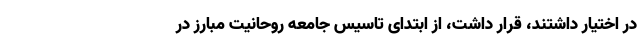
در اختیار داشتند، قرار داشت، از ابتدای تاسیس جامعه روحانیت مبارز در